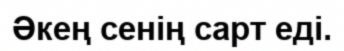
Әкең сенің сарт еді.